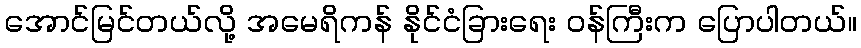
အောင်မြင်တယ်လို့ အမေရိကန် နိုင်ငံခြားရေး ဝန်ကြီးက ပြောပါတယ်။